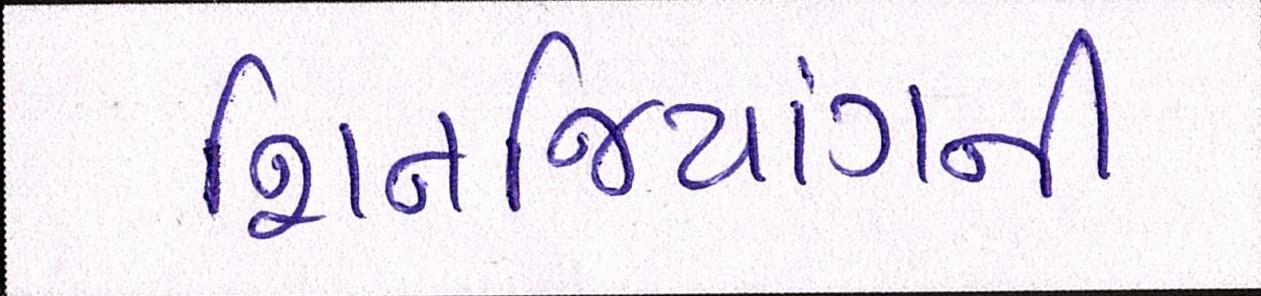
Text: શિનજિયાંગની